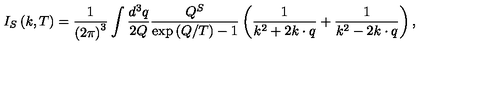
I _ { S } \left( k , T \right) = \frac 1 { \left( 2 \pi \right) ^ { 3 } } \int \frac { d ^ { 3 } q } { 2 Q } \frac { Q ^ { S } } { \exp \left( Q / T \right) - 1 } \left( \frac 1 { k ^ { 2 } + 2 k \cdot q } + \frac 1 { k ^ { 2 } - 2 k \cdot q } \right) ,